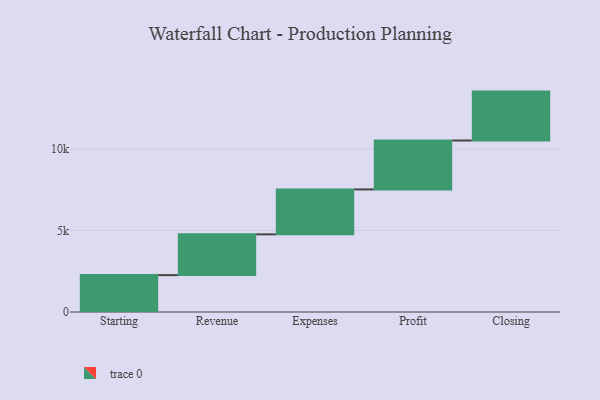
{"axis": {"x": "Step", "y": "Value"}, "legend": [""], "data": [{"x": "Starting", "y": 2262.0, "type": ""}, {"x": "Revenue", "y": 2501.0, "type": ""}, {"x": "Expenses", "y": 2755.0, "type": ""}, {"x": "Profit", "y": 3000, "type": ""}, {"x": "Closing", "y": 3000, "type": ""}]}